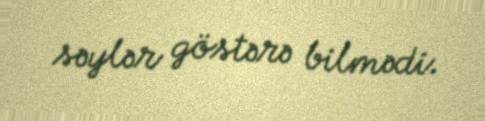
səylər göstərə bilmədi.